Problem: 3 + 1 = ?
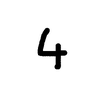
Handwritten answer: 4